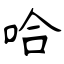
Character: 哈